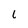
Character: l